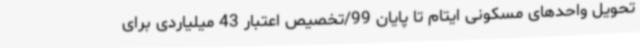
تحویل واحدهای مسکونی ایتام تا پایان 99/تخصیص اعتبار 43 میلیاردی برای